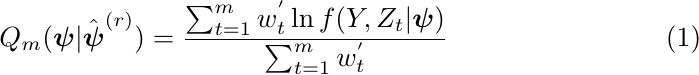
	\begin{equation}
		Q_m(\boldsymbol{\psi} | \hat{\boldsymbol{\psi}}^{(r)}) = \frac{\sum_{t=1}^{m} w_t^{'} \ln f(Y,Z_t | \boldsymbol{\psi})}{\sum_{t=1}^{m}w_t^{'}}
	\end{equation}